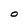
Character: O